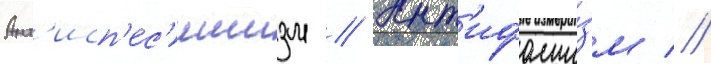
Ант'исп'ес'ишизм // Ант'ифаши́зм //